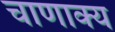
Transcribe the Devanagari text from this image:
चाणाक्य